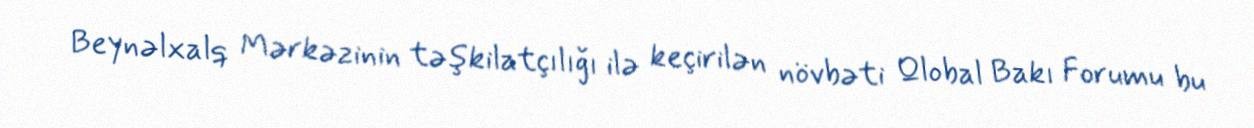
Beynəlxalq Mərkəzinin təşkilatçılığı ilə keçirilən növbəti Qlobal Bakı Forumu bu